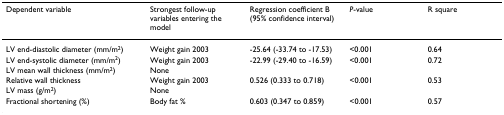
| Dependent variable | Strongest follow-upvariables entering the model | Regression coefficient B(95% confidence interval) | P-value | R square |
 | --- | --- | --- | --- | --- |
 | LV end-diastolic diameter (mm/m2) | Weight gain 2003 | -25.64 (-33.74 to -17.53) | <0.001 | 0.64 |
 | LV end-systolic diameter (mm/m2) | Weight gain 2003 | -22.99 (-29.40 to -16.59) | <0.001 | 0.72 |
 | LV mean wall thickness (mm/m2) | None |  |  |  |
 | Relative wall thickness | Weight gain 2003 | 0.526 (0.333 to 0.718) | <0.001 | 0.53 |
 | LV mass (g/m2) | None |  |  |  |
 | Fractional shortening (%) | Body fat % | 0.603 (0.347 to 0.859) | <0.001 | 0.57 |